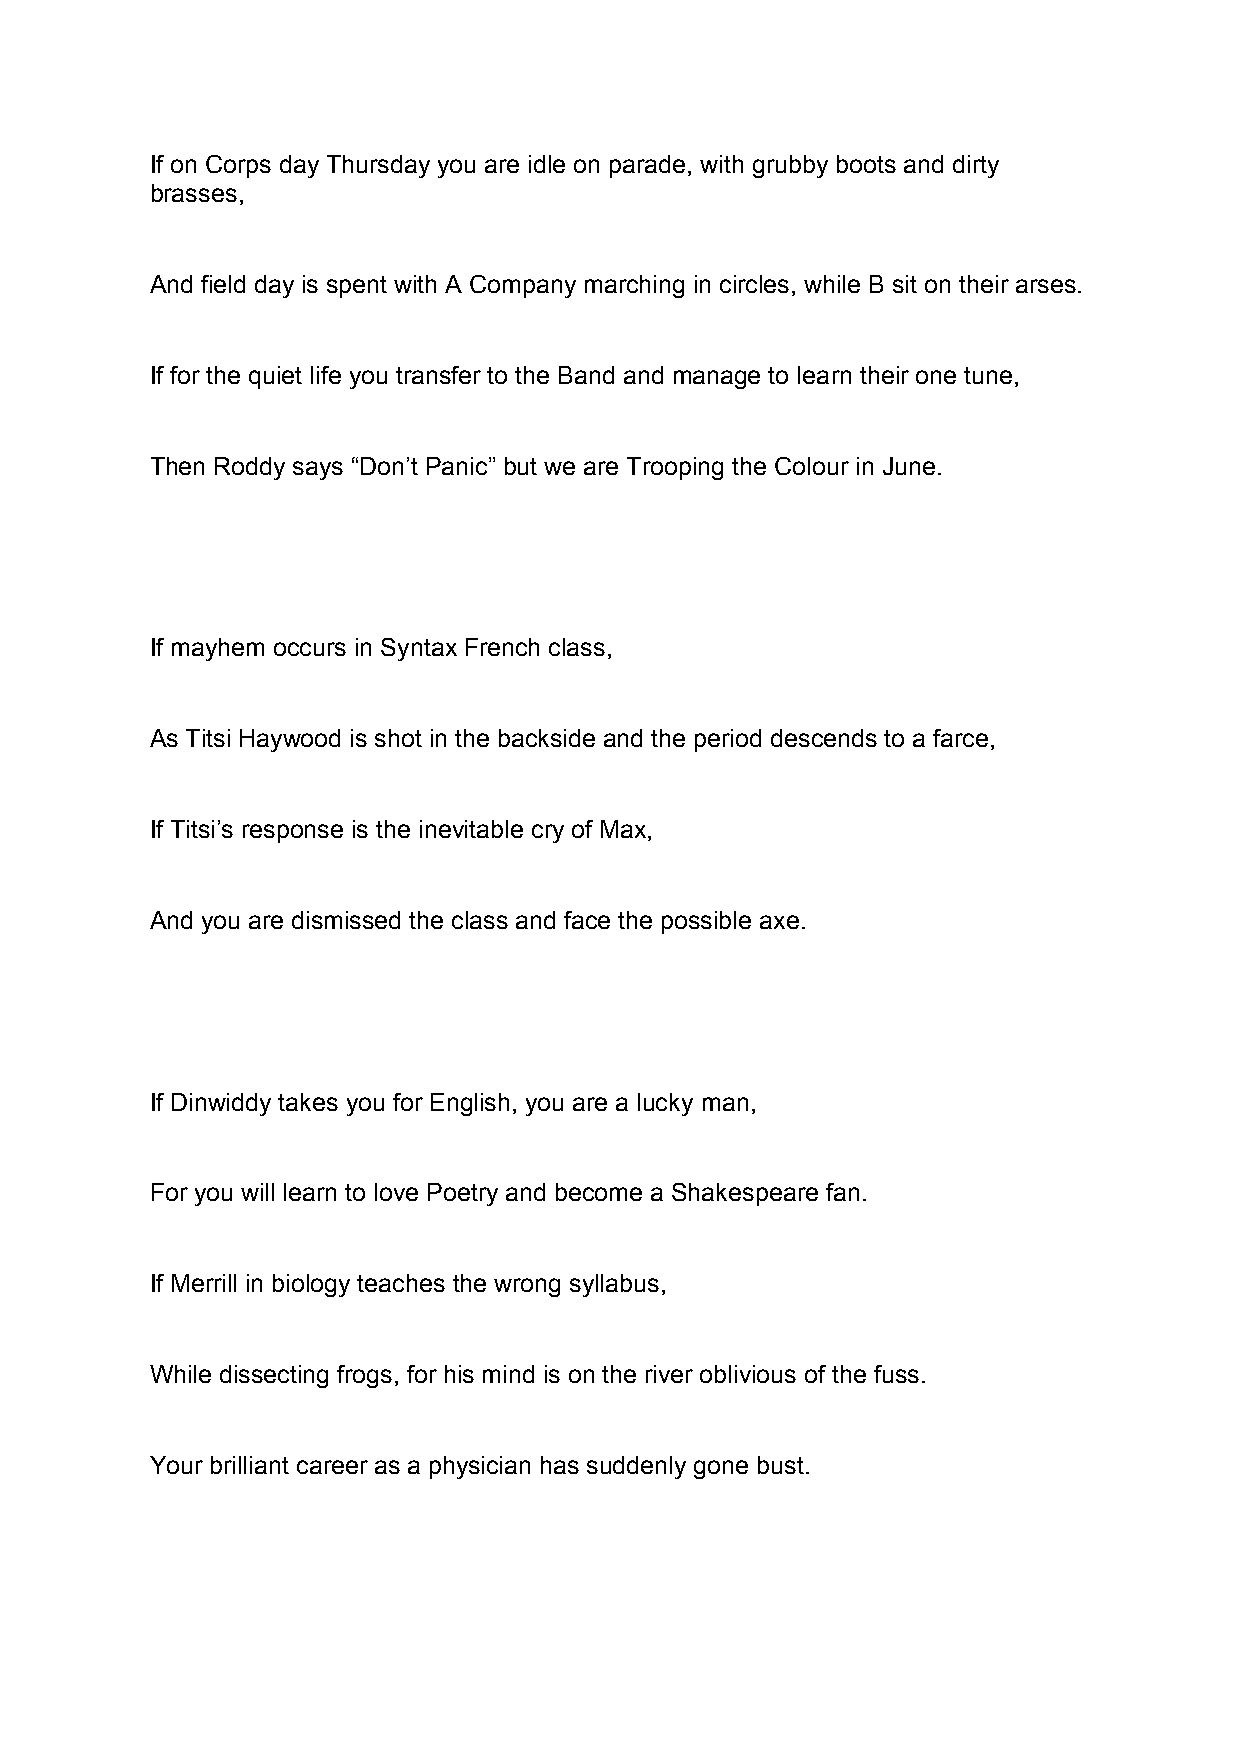
If on Corps day Thursday you are idle on parade, with grubby boots and dirty
 brasses,
 And field day is spent with A Company marching in circles, while B sit on their arses.
 If for the quiet life you transfer to the Band and manage to learn their one tune,
 Then Roddy says “Don’t Panic” but we are Trooping the Colour in June.
 If mayhem occurs in Syntax French class,
 As Titsi Haywood is shot in the backside and the period descends to a farce,
 If Titsi’s response is the inevitable cry of Max,
 And you are dismissed the class and face the possible axe.
 If Dinwiddy takes you for English, you are a lucky man,
 For you will learn to love Poetry and become a Shakespeare fan.
 If Merrill in biology teaches the wrong syllabus,
 While dissecting frogs, for his mind is on the river oblivious of the fuss.
 Your brilliant career as a physician has suddenly gone bust.